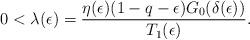
LaTeX: \begin{align*} 0<\lambda(\epsilon)=\frac{\eta(\epsilon)(1-q-\epsilon)G_0(\delta(\epsilon))}{T_1(\epsilon)}.\end{align*}